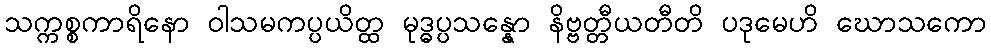
သက္ကစ္စကာရိနော ဝါသမကပ္ပယိတ္ထ မုဒ္ဓပ္ပသန္နော နိဗ္ဗတ္တီယတီတိ ပဒုမေဟိ ဃောသကော